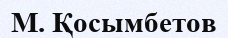
М. Қосымбетов